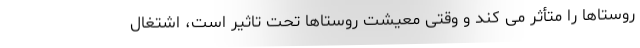
روستاها را متأثر می کند و وقتی معیشت روستاها تحت تاثیر است، اشتغال